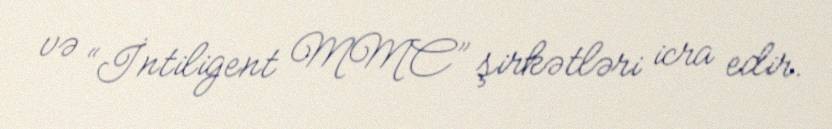
və “İntiligent MMC” şirkətləri icra edir.